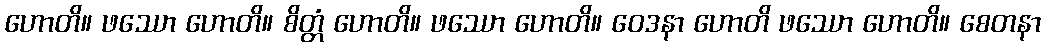
ဟောတိ။ ဖဿော ဟောတိ။ စိတ္တံ ဟောတိ။ ဖဿော ဟောတိ။ ဝေဒနာ ဟောတိ ဖဿော ဟောတိ။ စေတနာ